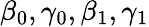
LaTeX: \beta_{0},\gamma_{0},\beta_{1},\gamma_{1}